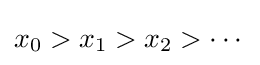
x_{0}>x_{1}>x_{2}>\cdots